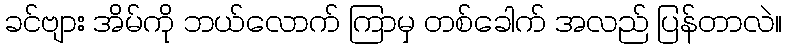
ခင်ဗျား အိမ်ကို ဘယ်လောက် ကြာမှ တစ်ခေါက် အလည် ပြန်တာလဲ။